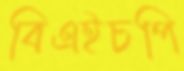
বিএইচপি